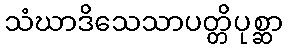
သံဃာဒိသေသာပတ္တိပုစ္ဆာ